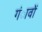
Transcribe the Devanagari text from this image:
गंावों